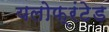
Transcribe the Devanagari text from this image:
यलोफ्रंटेड